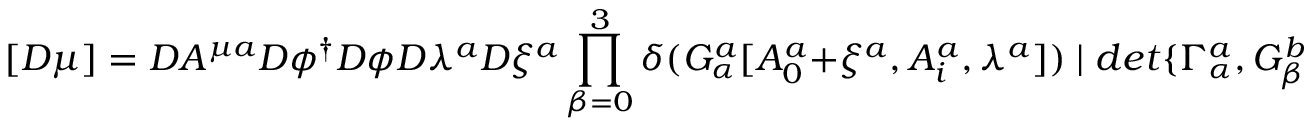
[ { \cal D } \mu ] = { \cal D } A ^ { \mu a } { \cal D } \phi ^ { \dagger } { \cal D } \phi { \cal D } \lambda ^ { a } { \cal D } \xi ^ { a } \prod _ { \beta = 0 } ^ { 3 } \delta ( G _ { \alpha } ^ { a } [ A _ { 0 } ^ { a } + \xi ^ { a } , A _ { i } ^ { a } , \lambda ^ { a } ] ) \mid d e t \{ \Gamma _ { \alpha } ^ { a } , G _ { \beta } ^ { b } \} \mid ( d e t M _ { a b } ) ^ { - 1 / 2 } ,